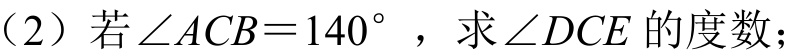
（2）若\(\angle ACB = 140^{\circ}\)，求\(\angle DCE\)的度数；